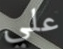
علي